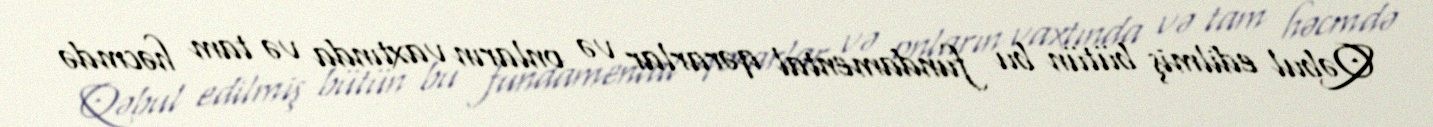
Qəbul edilmiş bütün bu fundamental qərarlar və onların vaxtında və tam həcmdə